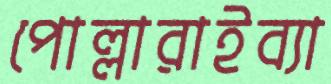
পোল্লারাইব্যা